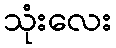
သုံးလေး